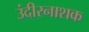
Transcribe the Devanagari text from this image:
उंदीरनाशक